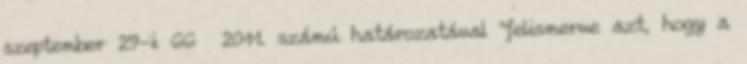
szeptember 29-i 66 2011. számú határozatával "felismerve azt, hogy a